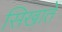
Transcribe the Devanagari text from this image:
सिखातें